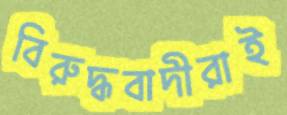
বিরুদ্ধবাদীরাই